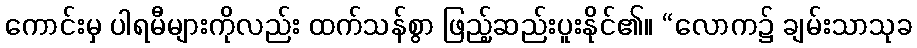
ကောင်းမှ ပါရမီများကိုလည်း ထက်သန်စွာ ဖြည့်ဆည်းပူးနိုင်၏။ “လောက၌ ချမ်းသာသုခ